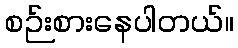
စဉ်းစားနေပါတယ်။